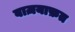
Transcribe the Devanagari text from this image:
बाज़याफ़त